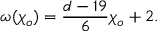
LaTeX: \omega ( { \chi _ { o } } ) = { \frac { d - 1 9 } { 6 } } { \chi _ { o } } + 2 .